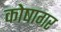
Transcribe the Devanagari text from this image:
कोषागर